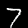
Label: 7